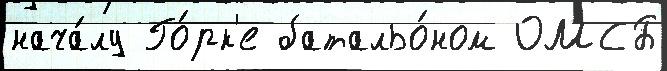
нача́лу Го́рк'е батальо́ном ОМСБ